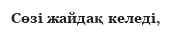
Сөзі жайдақ келеді,